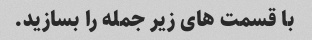
با قسمت های زیر جمله را بسازید.